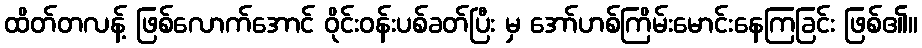
ထိတ်တလန့် ဖြစ်လောက်အောင် ဝိုင်းဝန်းပစ်ခတ်ပြီး မှ အော်ဟစ်ကြိမ်းမောင်းနေကြခြင်း ဖြစ်၏။